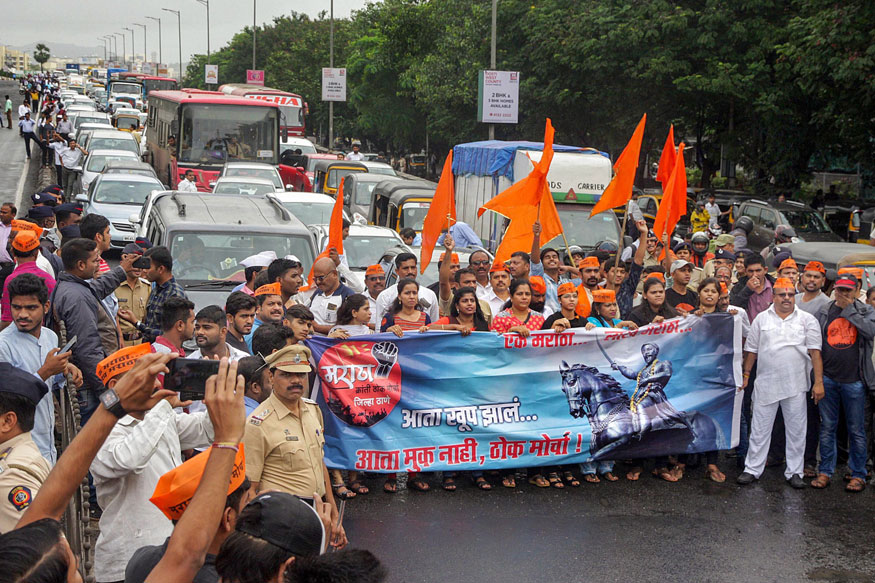
Language: marathi
Transcription: मराठा आता खूप झालं... आता मुक ठोक मोर्चा!